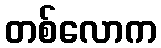
တစ်လောက